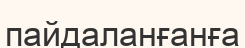
пайдаланғанға